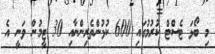
މި ބޯޅަ ޓެސްޓް ކުރުމުގައި 600 ކުޅުންތެރިންނާއި 30 ޓީމުން ވަނީ އެ